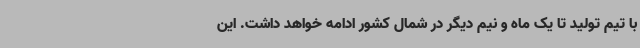
با تیم تولید تا یک ماه و نیم دیگر در شمال کشور ادامه خواهد داشت. این